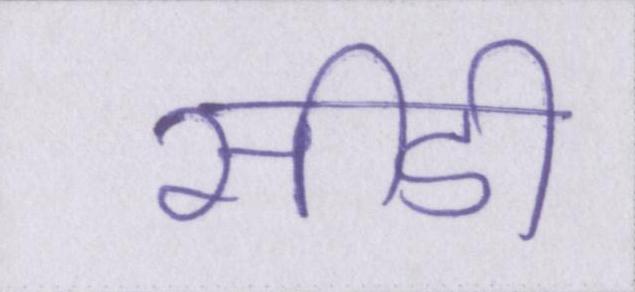
सीडी